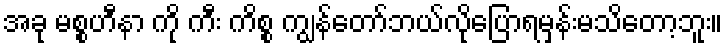
အခု မစ္စဟီနာ ကို ကီး ကိစ္စ ကျွန်တော်ဘယ်လိုပြောရမှန်းမသိတော့ဘူး။